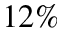
1 2 \%